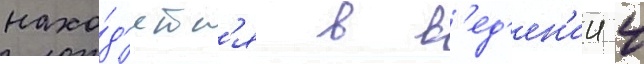
нахо́д'ятс'я в в'ед'ен'ии 4